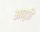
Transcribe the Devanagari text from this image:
आह्मी